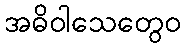
အဓိဝါသေတွေဝ